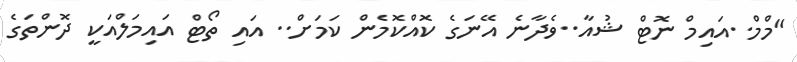
"މްމް..އައިމް ނޮޓް ޝުއާ..ވެދާނެ އޭނަގެ ކޮއްކޮމެން ކަމަށް.. އައި ތޯޓް އައިމަލްއަކީ ދޮންތަގެ